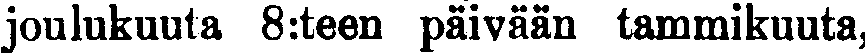
joulukuuta 8:teen päivään tammikuuta,